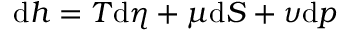
\mathrm { d } h = T \mathrm { d } \eta + \mu \mathrm { d } S + \upsilon \mathrm { d } p